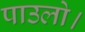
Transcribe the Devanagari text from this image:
पाउलो।